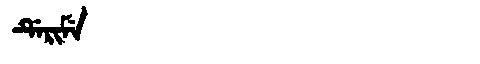
Manchu: ᡩᡝᡵᡳᠮᡝ
Romanization: DERIME